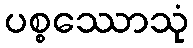
ပစ္စဿောသုံ